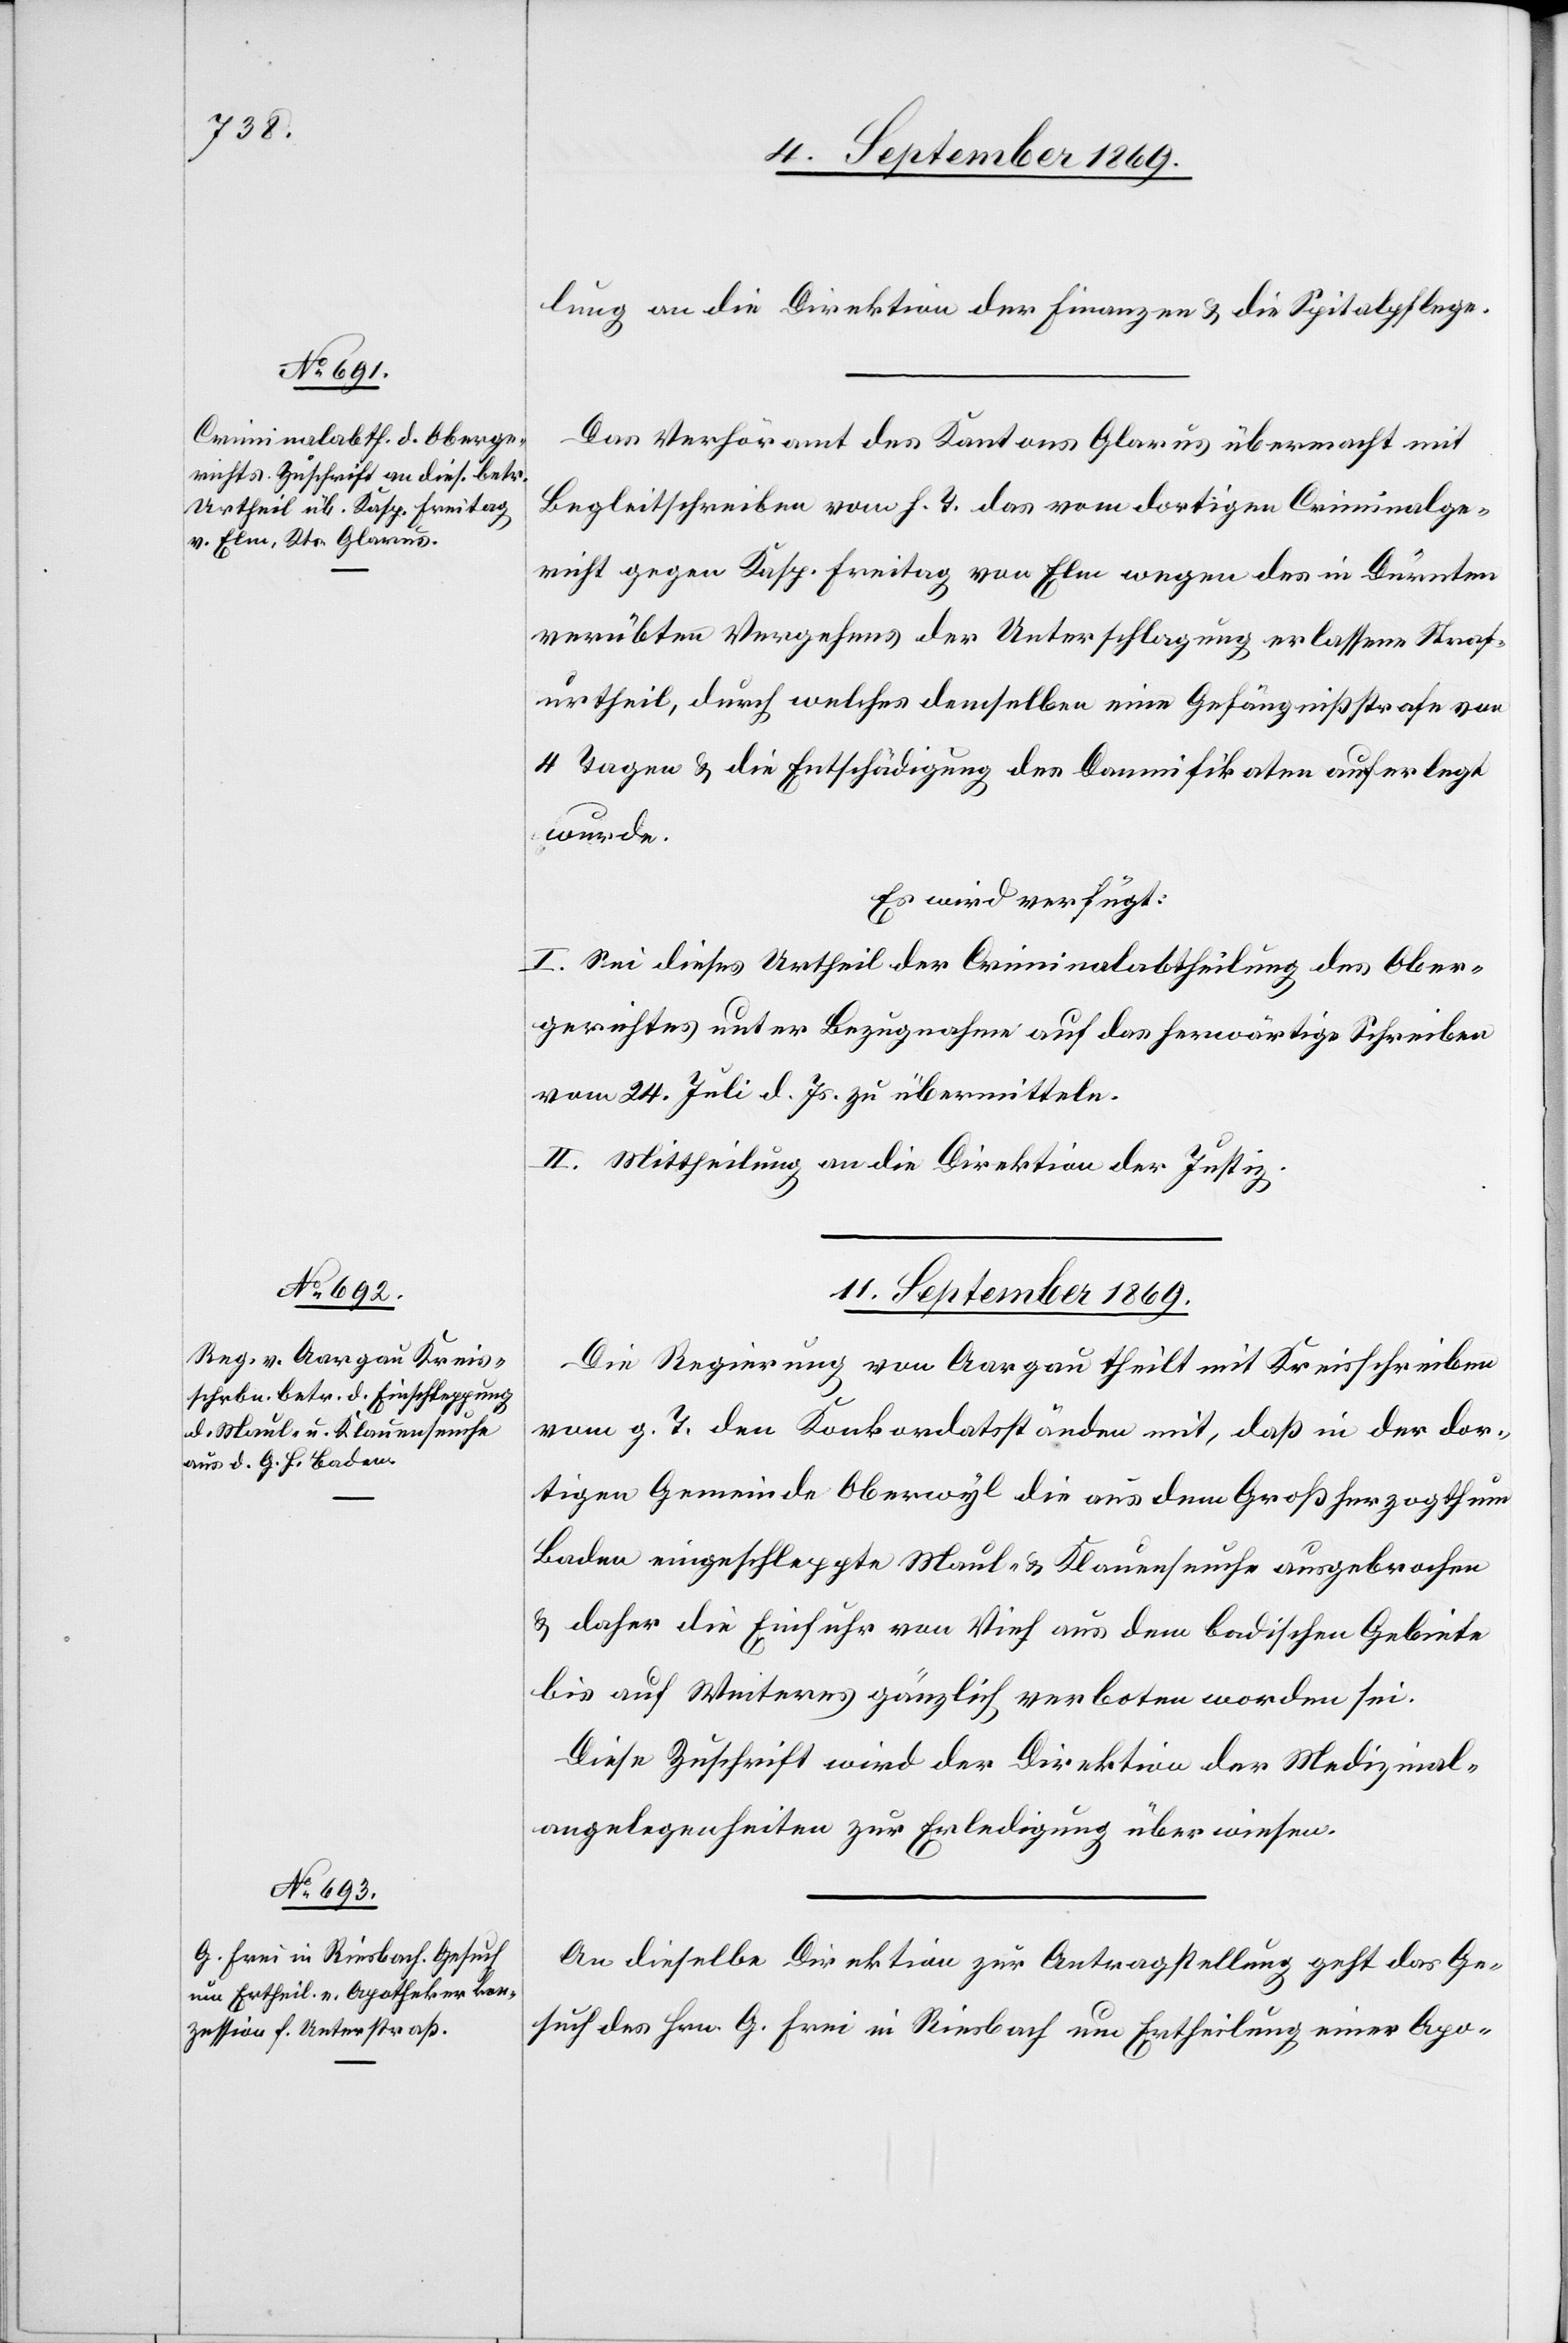
9. September 1869.]
lung an die Direktion der Finanzen & die Spitalpflege.
Das Verhöramt des Kantons Glarus übermacht mit
Begleitschreiben vom h. T. das vom dortigen Criminalge¬
richt gegen Kasp. Freitag von Elm wegen des in Dürnten
verübten Vergehens der Unterschlagung erlassene Straf¬
urtheil, durch welches demselben eine Gefängnißstrafe von
4 Tagen & die Entschädigung des Damnifikaten auferlegt
wurde.
Es wird verfügt:
I. Sei dieses Urtheil der Criminalabtheilung des Ober¬
gerichtes unter Bezugnahme auf das herwärtige Schreiben
vom 24. Juli d. Js. zu übermitteln.
II. Mittheilung an die Direktion der Justiz.
11. September 1869.]
Die Regierung von Aargau theilt mit Kreisschreiben
vom g. T. den Konkordatsständen mit, daß in der dor¬
tigen Gemeinde Oberwyl die aus dem Großherzogthum
Baden eingeschleppte Maul- & Klauenseuche ausgebrochen
& daher die Einfuhr von Vieh aus dem badischen Gebiete
bis auf Weiteres gänzlich verboten worden sei.
Diese Zuschrift wird der Direktion der Medizinal¬
angelegenheiten zur Erledigung überwiesen.
An dieselbe Direktion zur Antragstellung geht das Ge¬
such des Hrn. G. Frei in Riesbach um Ertheilung einer Apo-